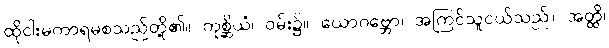
ထိုငါးမကာရမစသည်တို့၏။ ကုစ္ဆိယံ၊ ဝမ်း၌။ ယောဂဗ္ဘော၊ အကြင်သူငယ်သည်။ အတ္ထိ၊